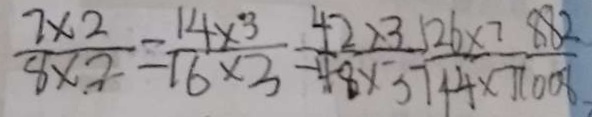
\frac { 7 \times 2 } { 8 \times 2 } = \frac { 1 4 \times 3 } { 1 6 \times 3 } = \frac { 4 2 \times 3 . 5 2 6 \times 7 8 8 2 } { 4 8 \times 3 7 4 4 \times 7 0 0 8 }